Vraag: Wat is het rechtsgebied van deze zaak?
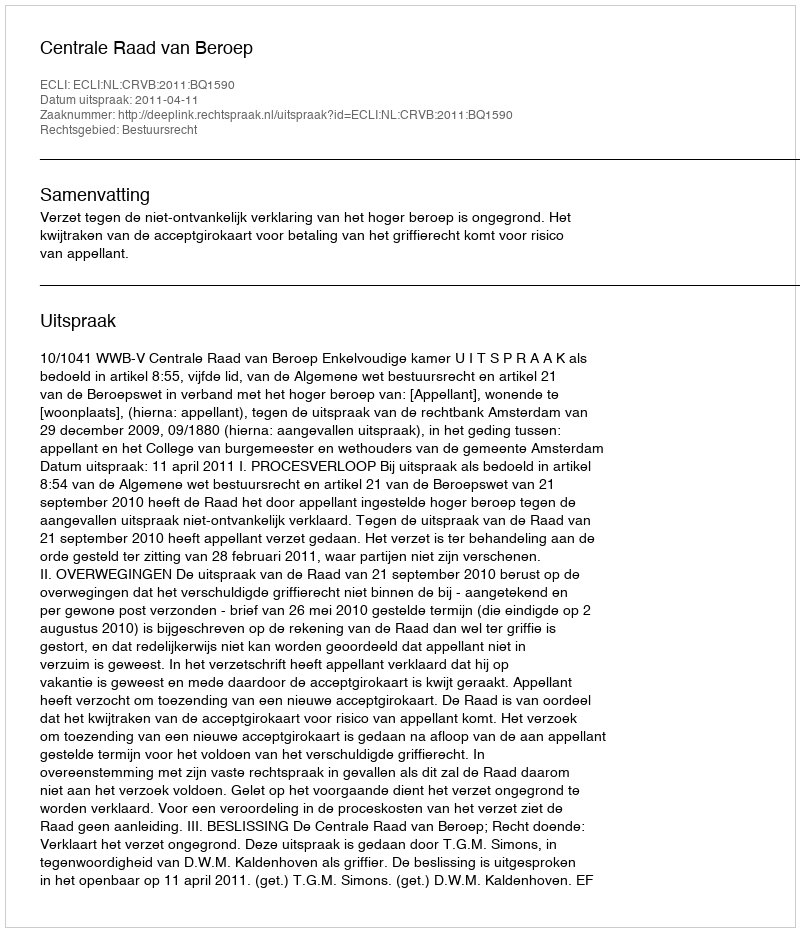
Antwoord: Bestuursrecht